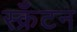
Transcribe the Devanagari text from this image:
स्क्रॅंटन